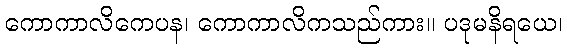
ကောကာလိကေပန၊ ကောကာလိကသည်ကား။ ပဒုမနိရယေ၊